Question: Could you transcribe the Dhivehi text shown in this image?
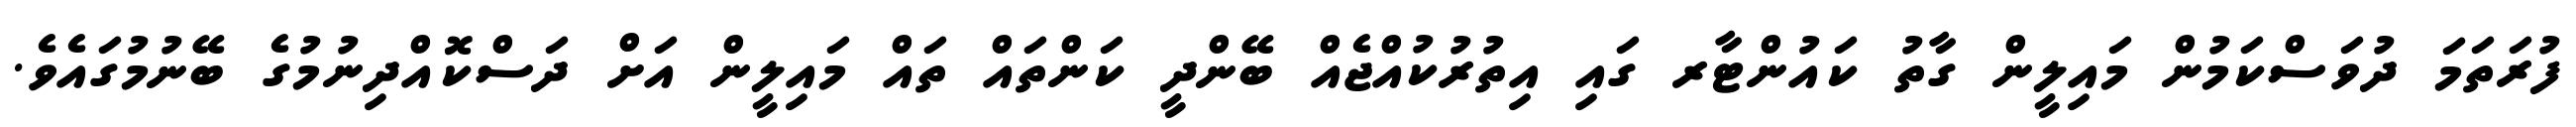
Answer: ފުރަތަމަ ދުވަސްކަމުން މައިލީން ގާތު ކައުންޓާރ ގައި އިތުރުކުއްޖެއް ބޭންދީ ކަންތައް ތައް މައިލީން އަށް ދަސްކޮއްދިނުމުގެ ބޭނުމުގައެވެ.